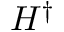
H ^ { \dagger }